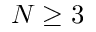
N \geq 3